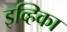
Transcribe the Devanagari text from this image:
इव्हिका